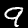
Label: 9